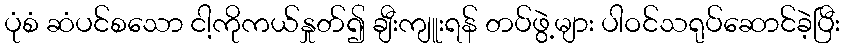
ပုံစံ ဆံပင်စသော ငါ့ကိုကယ်နှုတ်၍ ချီးကျူးရန် တပ်ဖွဲ့များ ပါဝင်သရုပ်ဆောင်ခဲ့ပြီး